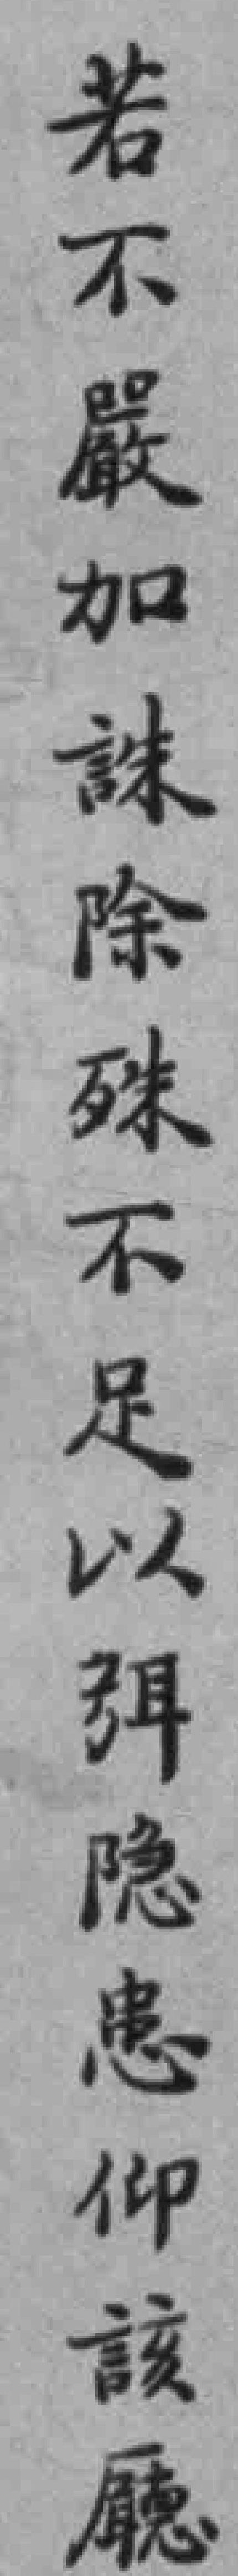
若不嚴加誅除殊不足以弭隐患仰該廳